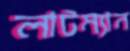
লাটম্যান